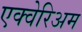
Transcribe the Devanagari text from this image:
एक्वेरिअम